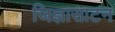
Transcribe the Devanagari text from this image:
जिज्ञासाटन